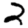
Digit: 2